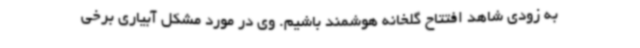
به زودی شاهد افتتاح گلخانه هوشمند باشیم. وی در مورد مشکل آبیاری برخی